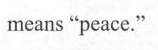
means “peace."